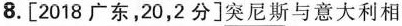
8.[2018广东，20，2分]突尼斯与意大利相